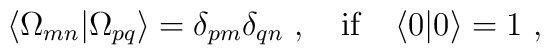
\langle \Omega_{mn}|\Omega_{pq}\rangle=\delta_{pm}\delta_{qn }\ , \quad {\rm if} \quad \langle 0|0\rangle=1 \ ,